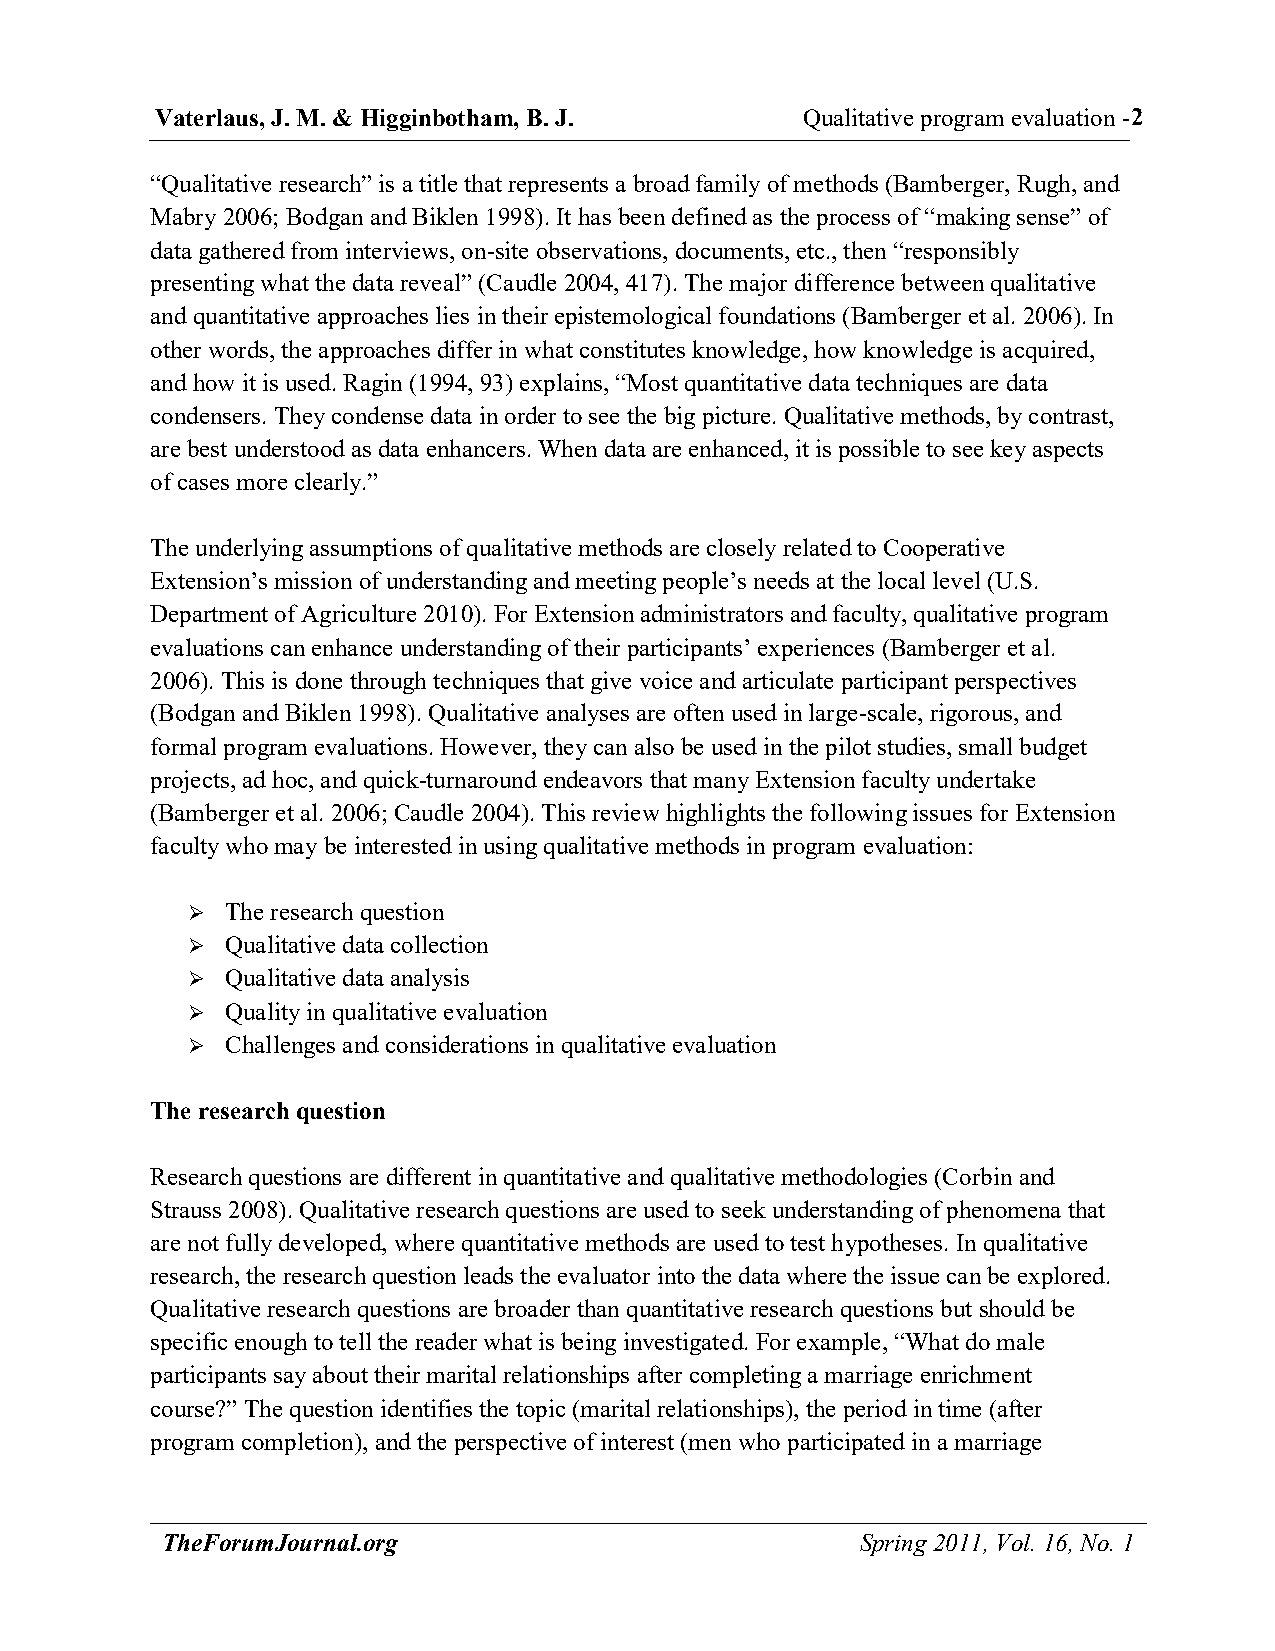
Vaterlaus, J. M. & Higginbotham, B. J.     Qualitative program evaluation - 2
 “Qualitative research” is a title that represents a broad family of methods (Bamberger, Rugh, and
 Mabry 2006; Bodgan and Biklen 1998). It has been defined as the process of “making sense” of
 data gathered from interviews, on-site observations, documents, etc., then “responsibly
 presenting what the data reveal” (Caudle 2004, 417). The major difference between qualitative
 and quantitative approaches lies in their epistemological foundations (Bamberger et al. 2006). In
 other words, the approaches differ in what constitutes knowledge, how knowledge is acquired,
 and how it is used. Ragin (1994, 93) explains, “Most quantitative data techniques are data
 condensers. They condense data in order to see the big picture. Qualitative methods, by contrast,
 are best understood as data enhancers. When data are enhanced, it is possible to see key aspects
 of cases more clearly.”
 The underlying assumptions of qualitative methods are closely related to Cooperative
 Extension’s mission of understanding and meeting people’s needs at the local level (U.S.
 Department of Agriculture 2010). For Extension administrators and faculty, qualitative program
 evaluations can enhance understanding of their participants’ experiences (Bamberger et al.
 2006). This is done through techniques that give voice and articulate participant perspectives
 (Bodgan and Biklen 1998). Qualitative analyses are often used in large-scale, rigorous, and
 formal program evaluations. However, they can also be used in the pilot studies, small budget
 projects, ad hoc, and quick-turnaround endeavors that many Extension faculty undertake
 (Bamberger et al. 2006; Caudle 2004). This review highlights the following issues for Extension
 faculty who may be interested in using qualitative methods in program evaluation:
   The research question
   Qualitative data collection
   Qualitative data analysis
   Quality in qualitative evaluation
   Challenges and considerations in qualitative evaluation
 The research question
 Research questions are different in quantitative and qualitative methodologies (Corbin and
 Strauss 2008). Qualitative research questions are used to seek understanding of phenomena that
 are not fully developed, where quantitative methods are used to test hypotheses. In qualitative
 research, the research question leads the evaluator into the data where the issue can be explored.
 Qualitative research questions are broader than quantitative research questions but should be
 specific enough to tell the reader what is being investigated. For example, “What do male
 participants say about their marital relationships after completing a marriage enrichment
 course?” The question identifies the topic (marital relationships), the period in time (after
 program completion), and the perspective of interest (men who participated in a marriage
 TheForumJournal.org                           Spring 2011, Vol. 16, No. 1